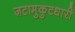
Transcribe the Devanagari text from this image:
जटामुकुटधारी